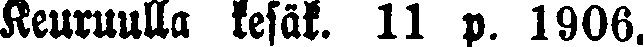
Keuruulla kesäk. 11 p. 1906.